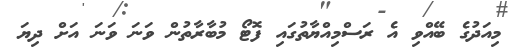
މިއަދުގެ ބޭއްވި އެ ރަސްމިއްޔާތުގައި ފޮޓޯ މުބާރާތުން ވަނަ ވަނަ އަށް ދިޔަ